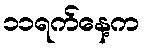
၁၁ရက်နေ့က